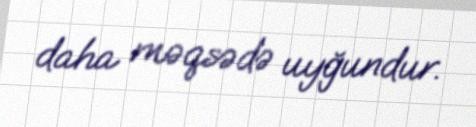
daha məqsədə uyğundur.